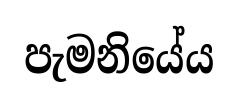
පැමනියේය